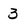
Character: 3